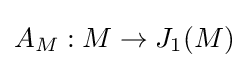
A_{M}:M\to J_{1}(M)